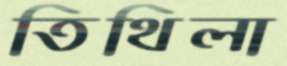
তিথিলা